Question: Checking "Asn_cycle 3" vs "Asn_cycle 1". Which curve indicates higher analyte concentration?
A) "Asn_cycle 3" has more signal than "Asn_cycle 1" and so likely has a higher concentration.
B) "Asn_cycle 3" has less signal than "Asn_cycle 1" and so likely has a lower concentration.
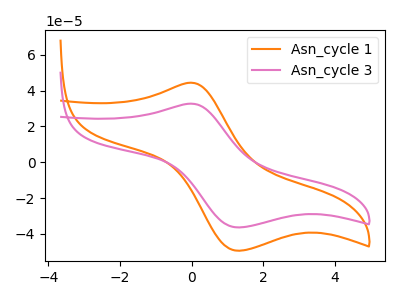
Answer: <think>The orange curve "Asn_cycle 1" has an anodic peak at (0.00V, 44.35uA) and a cathodic peak at (1.30V, -49.35uA). The pink curve "Asn_cycle 3" has an anodic peak at (0.00V, 32.65uA) and a cathodic peak at (1.30V, -36.35uA).
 All the peaks in "Asn_cycle 3" have a peak in "Asn_cycle 1" at the same potential. Every peak in "Asn_cycle 3" is lower than every peak in "Asn_cycle 1".</think>
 <answer>B) "Asn_cycle 3" has less signal than "Asn_cycle 1" and so likely has a lower concentration.</answer>
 <eval>B</eval>